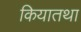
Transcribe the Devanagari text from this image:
कियातथा